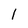
Character: I